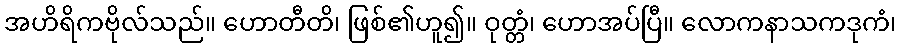
အဟိရိကဗိုလ်သည်။ ဟောတီတိ၊ ဖြစ်၏ဟူ၍။ ဝုတ္တံ၊ ဟောအပ်ပြီ။ လောကနာသကဒုကံ၊